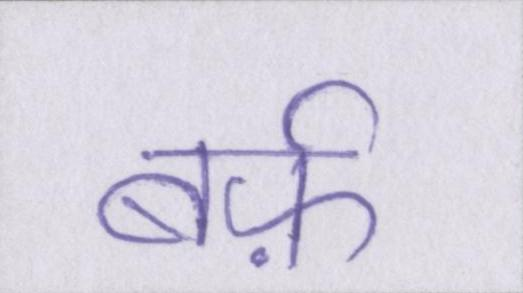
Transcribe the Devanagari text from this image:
बर्फ़